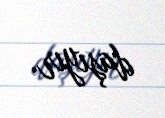
daşıyır.